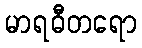
မာရဓီတရော